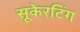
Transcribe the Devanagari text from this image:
सूकेरटिंग